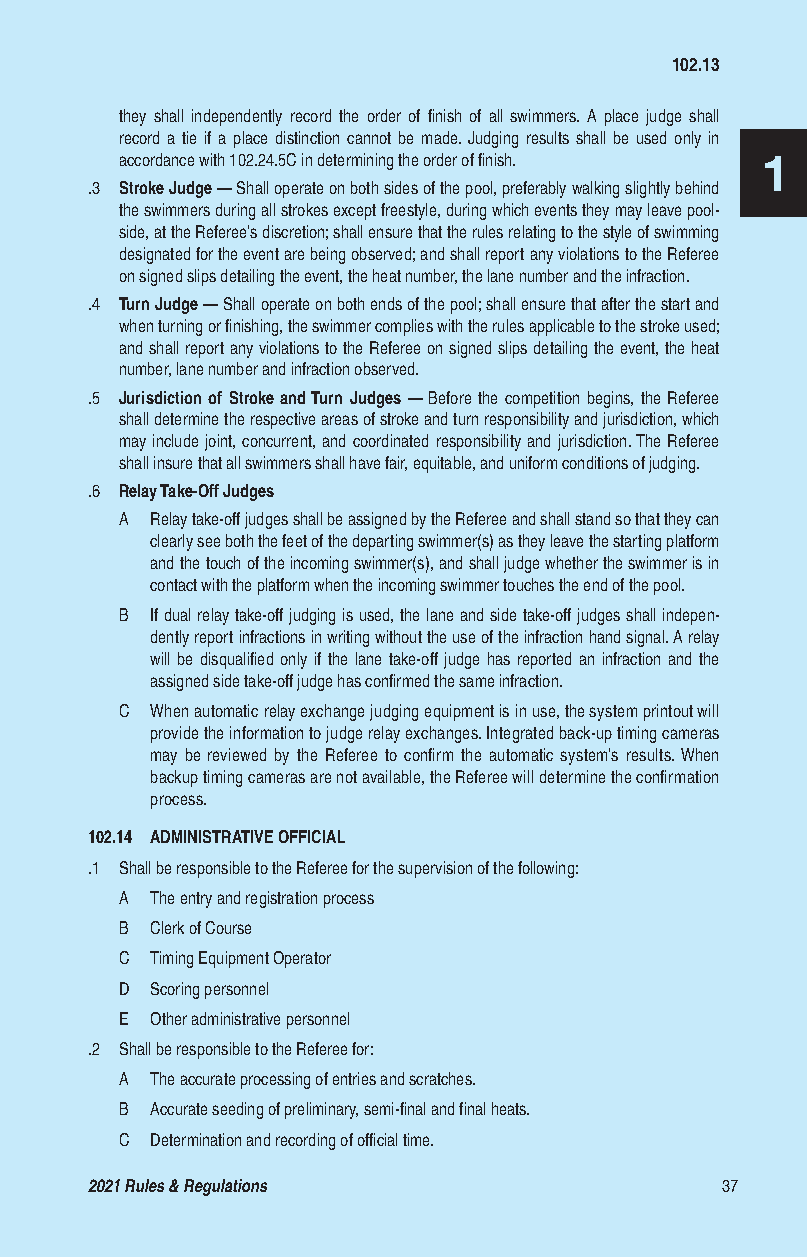
102.13
 they shall independently record the order of finish of all swimmers. A place judge shall
 record a tie if a place distinction cannot be made. Judging results shall be used only in
 accordance with 102.24.5C in determining the order of finish. 1
 .3 Stroke Judge — Shall operate on both sides of the pool, preferably walking slightly behind
 the swimmers during all strokes except freestyle, during which events they may leave pool-
 side, at the Referee’s discretion; shall ensure that the rules relating to the style of swimming
 designated for the event are being observed; and shall report any violations to the Referee
 on signed slips detailing the event, the heat number, the lane number and the infraction.
 .4 Turn Judge — Shall operate on both ends of the pool; shall ensure that after the start and
 when turning or finishing, the swimmer complies with the rules applicable to the stroke used;
 and shall report any violations to the Referee on signed slips detailing the event, the heat
 number, lane number and infraction observed.
 .5 Jurisdiction of Stroke and Turn Judges — Before the competition begins, the Referee
 shall determine the respective areas of stroke and turn responsibility and jurisdiction, which
 may include joint, concurrent, and coordinated responsibility and jurisdiction. The Referee
 shall insure that all swimmers shall have fair, equitable, and uniform conditions of judging.
 .6 Relay Take-Off Judges
 A Relay take-off judges shall be assigned by the Referee and shall stand so that they can
 clearly see both the feet of the departing swimmer(s) as they leave the starting platform
 and the touch of the incoming swimmer(s), and shall judge whether the swimmer is in
 contact with the platform when the incoming swimmer touches the end of the pool.
 B If dual relay take-off judging is used, the lane and side take-off judges shall indepen-
 dently report infractions in writing without the use of the infraction hand signal. A relay
 will be disqualified only if the lane take-off judge has reported an infraction and the
 assigned side take-off judge has confirmed the same infraction.
 C When automatic relay exchange judging equipment is in use, the system printout will
 provide the information to judge relay exchanges. Integrated back-up timing cameras
 may be reviewed by the Referee to confirm the automatic system’s results. When
 backup timing cameras are not available, the Referee will determine the confirmation
 process.
 102.14 ADMINISTRATIVE OFFICIAL
 .1 Shall be responsible to the Referee for the supervision of the following:
 A The entry and registration process
 B Clerk of Course
 C Timing Equipment Operator
 D Scoring personnel
 E Other administrative personnel
 .2 Shall be responsible to the Referee for:
 A The accurate processing of entries and scratches.
 B Accurate seeding of preliminary, semi-final and final heats.
 C Determination and recording of official time.
 2021 Rules & Regulations                  37